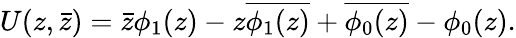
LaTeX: U(z,\bar{z})=\bar{z}\phi_{1}(z)-z\overline{{{\phi_{1}(z)}}}+\overline{{{\phi_{0}(z)}}}-\phi_{0}(z).